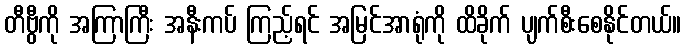
တီဗွီကို အကြာကြီး အနီးကပ် ကြည့်ရင် အမြင်အာရုံကို ထိခိုက် ပျက်စီးစေနိုင်တယ်။